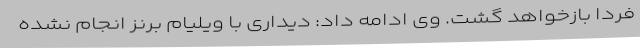
فردا بازخواهد گشت. وی ادامه داد: دیداری با ویلیام برنز انجام نشده